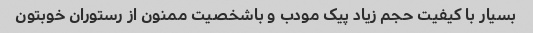
بسیار با کیفیت حجم زیاد پیک مودب و باشخصیت ممنون از رستوران خوبتون